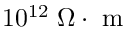
1 0 ^ { 1 2 } \; \Omega \cdot \mathrm { ~ m ~ }